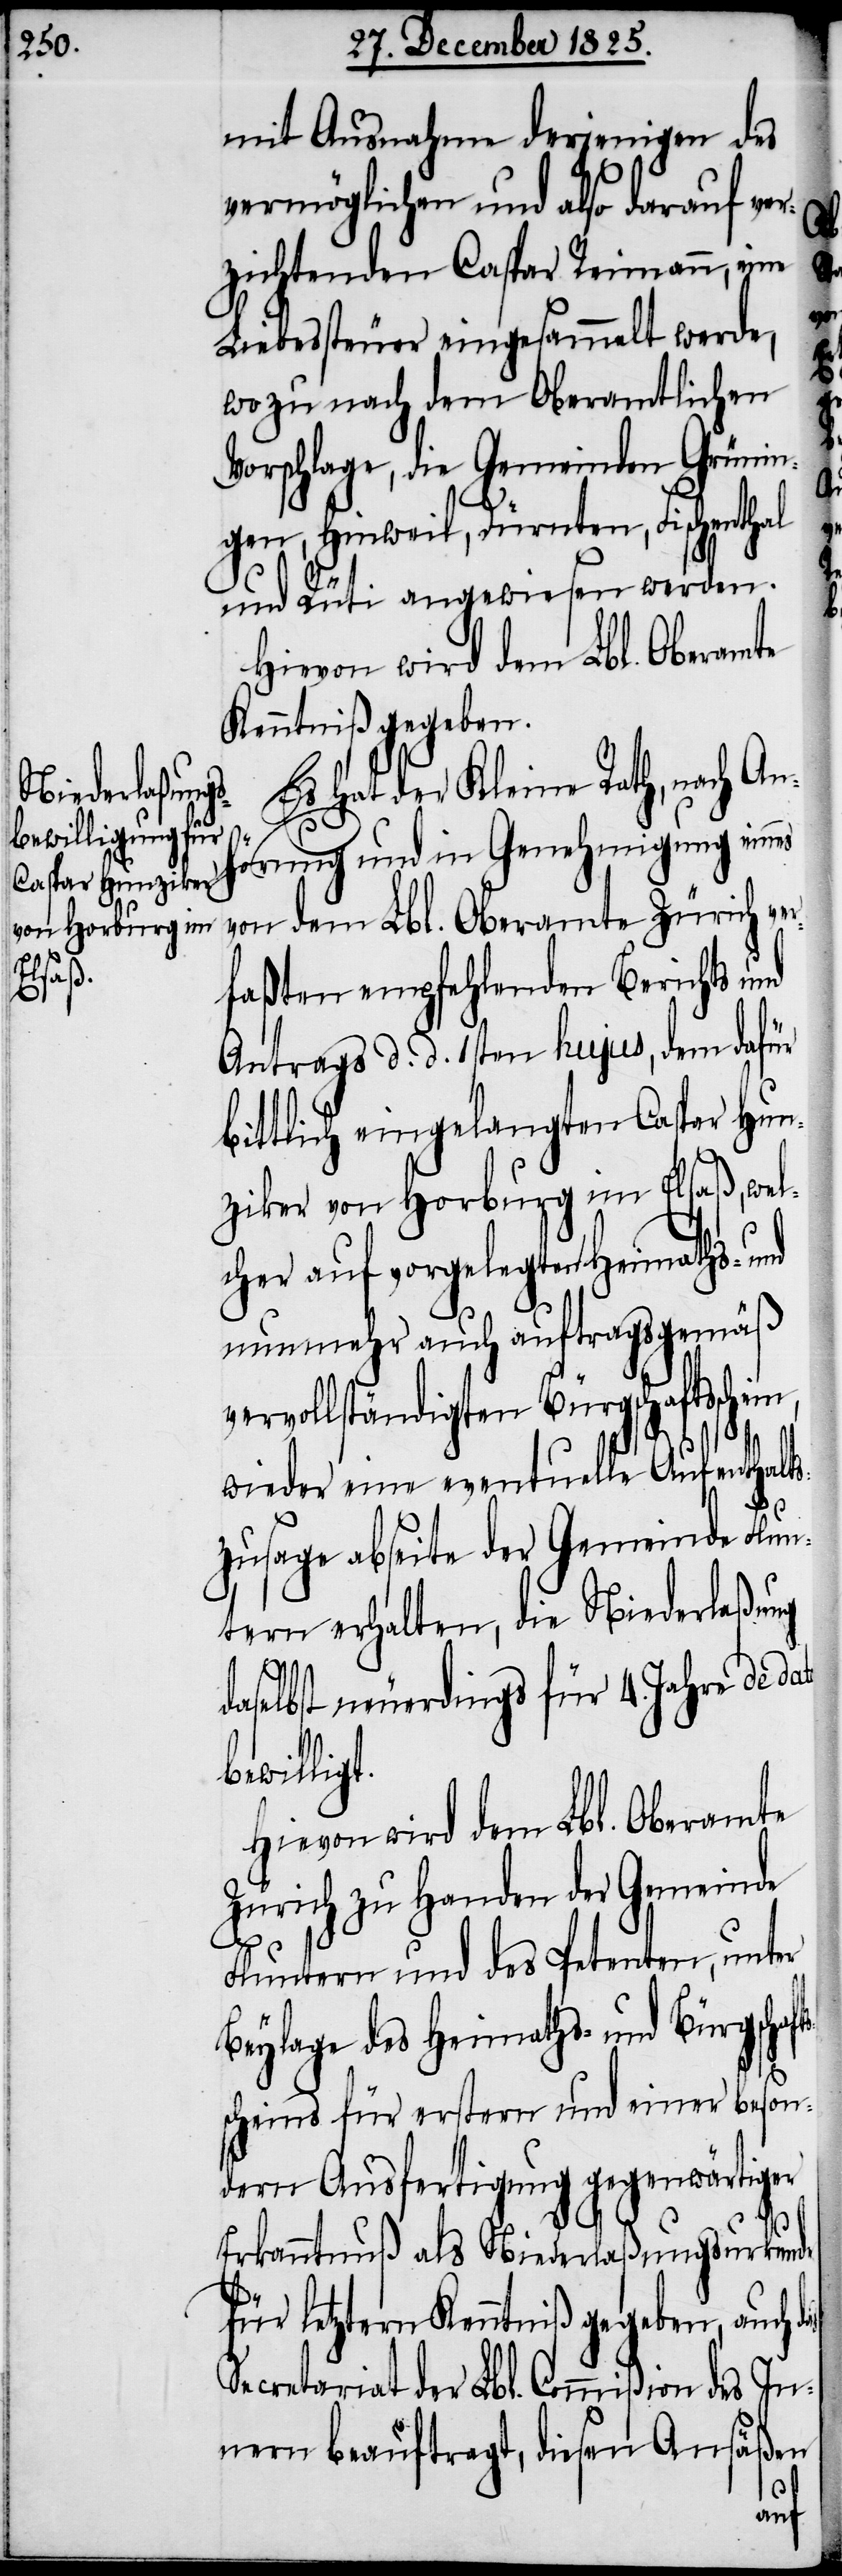
mit Ausnahme derjenigen des
ts¬
vermöglichen und also darauf ver¬
zichtenden Caspar Reimann, eine
Liebessteuer eingesammelt werde,
wozu nach dem Oberamtlichen
Vorschlage, die Gemeinden Grünin¬
gen, Hinweil, Dürnten, Fischenthal
und Rüti angewiesen werden.
Hievon wird dem Lbl. Oberamte
Kenntniß gegeben.
Es hat der Kleine Rath, nach An¬
hörung und in Genehmigung eines
von dem Lbl. Oberamte Zürich ve¬
rfaßten empfehlenden Berichts und
Antrags d. d. 1sten hujus, dem dafür
bittlich eingelangten Caspar Hun¬
ziker von Horburg im Elsaß, wel¬
cher auf vorgelegten Heimaths- und
nunmehr auch auftragsgemäß
vervollständigten Bürgschaftsschein,
wieder eine eventuelle Aufenthalts¬
zusage abseite der Gemeinde Flun¬
tern erhalten, die Niederlaßung
as
daselbst neuerdings für 4. Jahre de dato
bewilligt.
Hievon wird dem Lbl. Oberamte
Zürich zu Handen der Gemeinde
Fluntern und des Petenten, unter
Beylage des Heimaths- und Bürgschaf¬
scheins für erstern und einer beson¬
dern Ausfertigung gegenwärtiger
Erkanntnuß als Niederlaßungsurkunde
für letztern Kenntniß gegeben, auch d¬
Secretariat der Lbl. Commißion des In¬
nern beauftragt, diesen Ansäßen